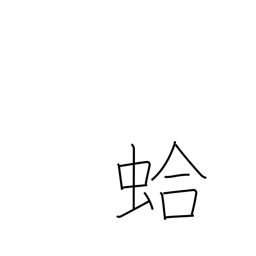
Meaning: clam